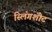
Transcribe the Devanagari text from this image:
स्लिंगशोट